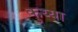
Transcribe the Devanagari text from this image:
कुय्या